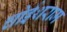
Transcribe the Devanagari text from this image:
चोईथराम